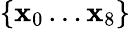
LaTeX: \{ \mathbf{x}_{0}\ldots\mathbf{x}_{8}\}